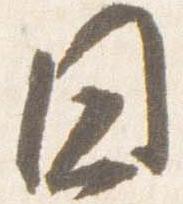
日